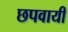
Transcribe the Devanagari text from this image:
छपवायीं